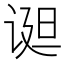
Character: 䜥